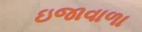
ઇજાવાળા